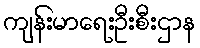
ကျန်းမာရေးဦးစီးဌာန